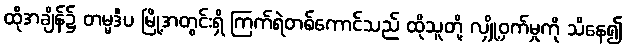
ထိုအချိန်၌ တမ္မဒီပ မြို့အတွင်းရှိ ကြက်ရဲတစ်ကောင်သည် ထိုသူတို့ လျှို့ဝှက်မှုကို သိနေ၍